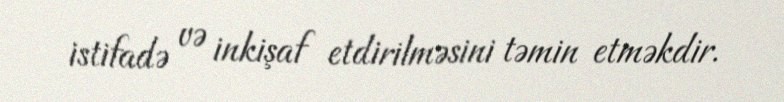
istifadə və inkişaf etdirilməsini təmin etməkdir.